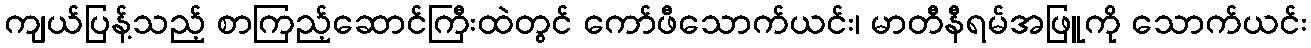
ကျယ်ပြန့်သည့် စာကြည့်ဆောင်ကြီးထဲတွင် ကော်ဖီသောက်ယင်း၊ မာတီနီရမ်အဖြူကို သောက်ယင်း